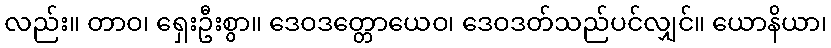
လည်း။ တာဝ၊ ရှေးဦးစွာ။ ဒေဝဒတ္တောယေဝ၊ ဒေဝဒတ်သည်ပင်လျှင်။ ယောနိယာ၊